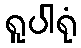
ရူပါရုံ